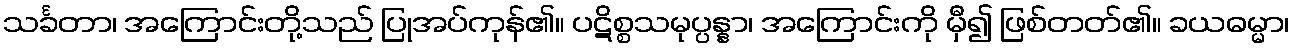
သင်္ခတာ၊ အကြောင်းတို့သည် ပြုအပ်ကုန်၏။ ပဋိစ္စသမုပ္ပန္နာ၊ အကြောင်းကို မှီ၍ ဖြစ်တတ်၏။ ခယဓမ္မာ၊